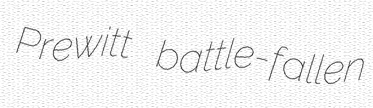
Prewitt battle-fallen